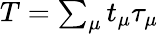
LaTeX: \begin{array}{r}{T=\sum_{\mu}t_{\mu}\tau_{\mu}}\end{array}